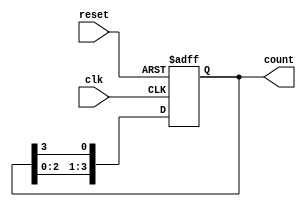
module variable_length_ring_counter #(
    parameter LENGTH = 4  // Default length of the ring counter
)(
    input wire clk,       // Clock input
    input wire reset,     // Asynchronous reset input
    output reg [LENGTH-1:0] count // Output representing the current state
);

    // Internal signal to hold the next state
    reg [LENGTH-1:0] next_count;

    always @(posedge clk or posedge reset) begin
        if (reset) begin
            // On reset, initialize the counter to the first state
            count <= 1'b1; // Set the first flip-flop to '1'
        end else begin
            // Shift the '1' to the next flip-flop in the ring
            count <= next_count;
        end
    end

    always @* begin
        // Calculate the next state based on the current state
        next_count = {count[LENGTH-2:0], count[LENGTH-1]}; // Shift left
        next_count[0] = count[LENGTH-1]; // Feedback from the last flip-flop
    end

endmodule